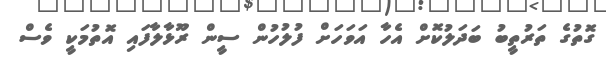
ގޮތުގެ ތަރުތީބު ބަދަލުކޮށް އެހާ އަވަހަށް ފުލުހުން ސީން ރޫޅާލާފައި އޮތުމަކީ ވެސް